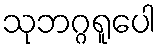
သုဘဂ္ဂရူပေါ